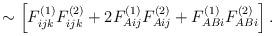
LaTeX: \begin{align*}\sim \left[F^{(1)}_{ijk} F^{(2)}_{ijk}+2 F^{(1)}_{Aij} F^{(2)}_{Aij} + F^{(1)}_{ABi} F^{(2)}_{ABi} \right].\end{align*}